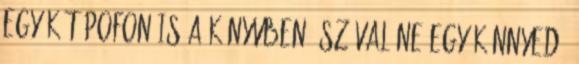
egy-két pofon is a könyvben, szóval ne egy könnyed,